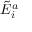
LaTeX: { \tilde { E } } _ { i } ^ { a }